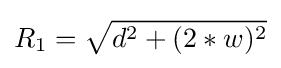
R_{1}={\sqrt {d^{2}+(2*w)^{2}}}